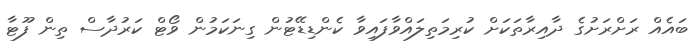
ބައެއް ރަށްރަށުގެ ދާއިރާތަކަށް ކުރިމަތިލައްވާފައިވާ ކެންޑިޑޭޓުން ގިނަކަމުން ވޯޓް ކަރުދާސް ތިން ފޫޓާ